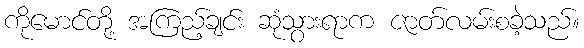
ကိုမောင်တို့ အကြည့်ချင်း ဆုံသွားရာက ဇာတ်လမ်းစခဲ့သည်။